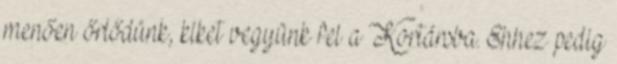
menően őrlődünk, kiket vegyünk fel a Kortársba. Ehhez pedig